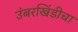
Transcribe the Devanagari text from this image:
उंबरखिंडीचा